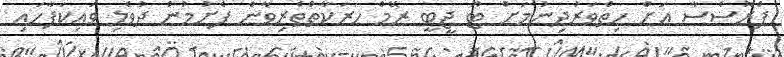
ޕްރޮސެސާ އަށް ހިތްވަރުދިނުމަށް ޓޫ ޖީބީ ރޭމް ހަރަކާތްތެރިވާން ފެށުމުން ދުވެލި ވައިކަފާހައި